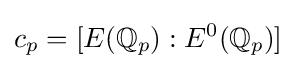
c_{p}=[E(\mathbb {Q} _{p}):E^{0}(\mathbb {Q} _{p})]